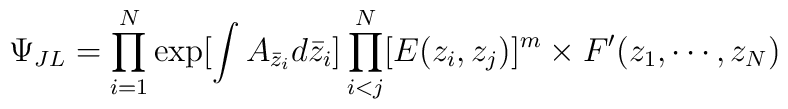
\Psi_{JL}=\prod_{i=1}^{N} \exp [\int A_{\bar z_i} d \bar z_i]\prod^N_{i<j}[E(z_i,z_j)]^m\times F^{\prime}(z_1, \cdots,  z_N)